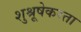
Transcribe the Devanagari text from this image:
शुश्रूषेकरता